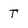
Character: T